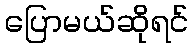
ပြောမယ်ဆိုရင်